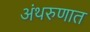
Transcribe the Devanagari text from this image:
अंथरुणात